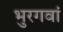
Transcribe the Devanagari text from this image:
भुरगवां